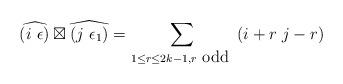
LaTeX: \begin{align*}\widehat{\left(i\ \epsilon\right)}\boxtimes\widehat{\left(j\ \epsilon_{1}\right)}=\sum_{1\le r\le2k-1,r\ \mbox{odd }}\left(i+r\ j-r\right)\end{align*}